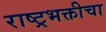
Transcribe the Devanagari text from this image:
राष्ट्रभक्तीचा